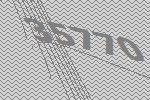
35770